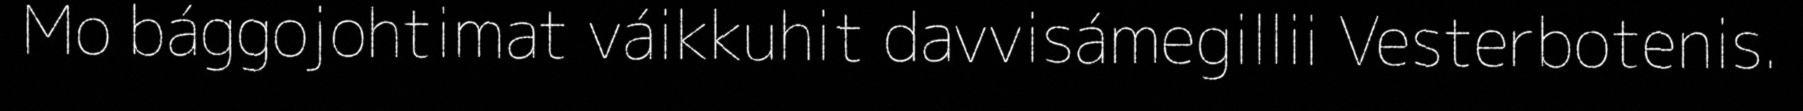
Mo bággojohtimat váikkuhit davvisámegillii Vesterbotenis.